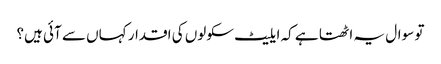
تو سوال یہ اٹھتا ہے کہ ایلیٹ سکولوں کی اقدار کہاں سے آئی ہیں؟